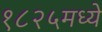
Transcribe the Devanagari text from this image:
१८२५मध्ये